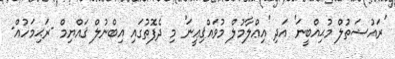
'ރައުޟަތުލް މުޙިއްބީނަ' އަދި 'އިޢްލާމުލް މުވައްޤިޢީނަ' މި ދެފޮތުގައި އިބްނުލް ޤައްޔިމް -ރަޙިމަހުއް-